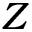
Z